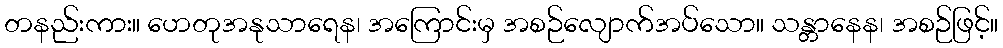
တနည်းကား။ ဟေတုအနုသာရေန၊ အကြောင်းမှ အစဉ်လျောက်အပ်သော။ သန္တာနေန၊ အစဉ်ဖြင့်။